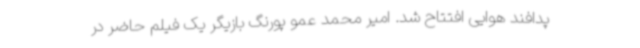
پدافند هوایی افتتاح شد. امیر محمد عمو پورنگ بازیگر یک فیلم حاضر در